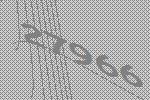
27966